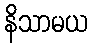
နိသာမယ